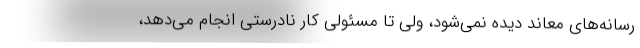
رسانه‌های معاند دیده نمی‌شود، ولی تا مسئولی کار نادرستی انجام می‌دهد،